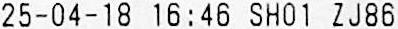
25-04-18 16:46 SH01 ZJ86